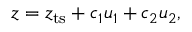
z = z _ { \mathrm { t s } } + c _ { 1 } u _ { 1 } + c _ { 2 } u _ { 2 } ,